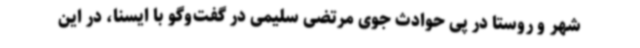
شهر و روستا در پی حوادث جوی مرتضی سلیمی در گفت‌وگو با ایسنا، در این